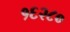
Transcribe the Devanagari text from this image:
१६२८०